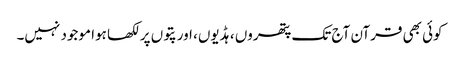
کوئی بھی قرآن آج تک پتھروں ، ہڈیوں، اور پتوں پر لکھا ہوا موجود نہیں۔